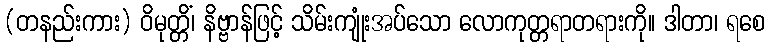
(တနည်းကား) ဝိမုတ္တိံ၊ နိဗ္ဗာန်ဖြင့် သိမ်းကျုံးအပ်သော လောကုတ္တရာတရားကို။ ဒါတာ၊ ရစေ